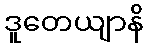
ဒူတေယျာနိ